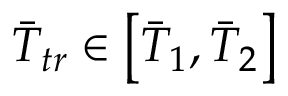
\Bar { T } _ { t r } \in \left[ \Bar { T } _ { 1 } , \Bar { T } _ { 2 } \right]